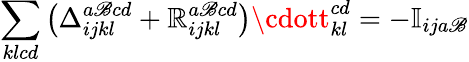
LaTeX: \sum_{klcd}\big(\Delta_{ijkl}^{a\mathscr{B}cd}+\mathbb{R}_{ijkl}^{a\mathscr{B}cd}\big)\cdott_{kl}^{cd}=-\mathbb{{I}}_{ija\mathscr{B}}